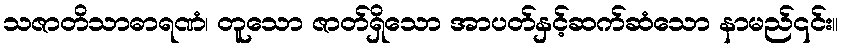
သဇာတိသာဓာရဏံ၊ တူသော ဇာတ်ရှိသော အာပတ်နှင့်ဆက်ဆံသော နာမည်၎င်း။